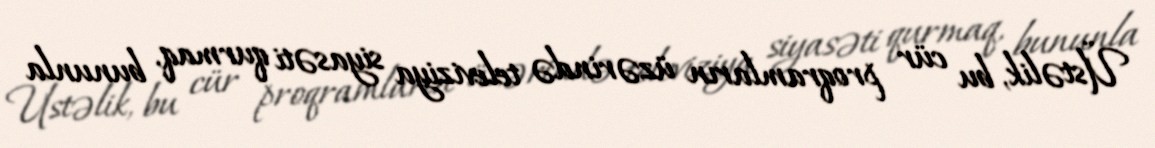
Üstəlik, bu cür proqramların üzərində televiziya siyasəti qurmaq, bununla